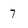
Character: 7